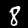
Label: 8